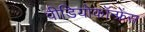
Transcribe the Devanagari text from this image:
वीडियोकॉन्फ्रेंस